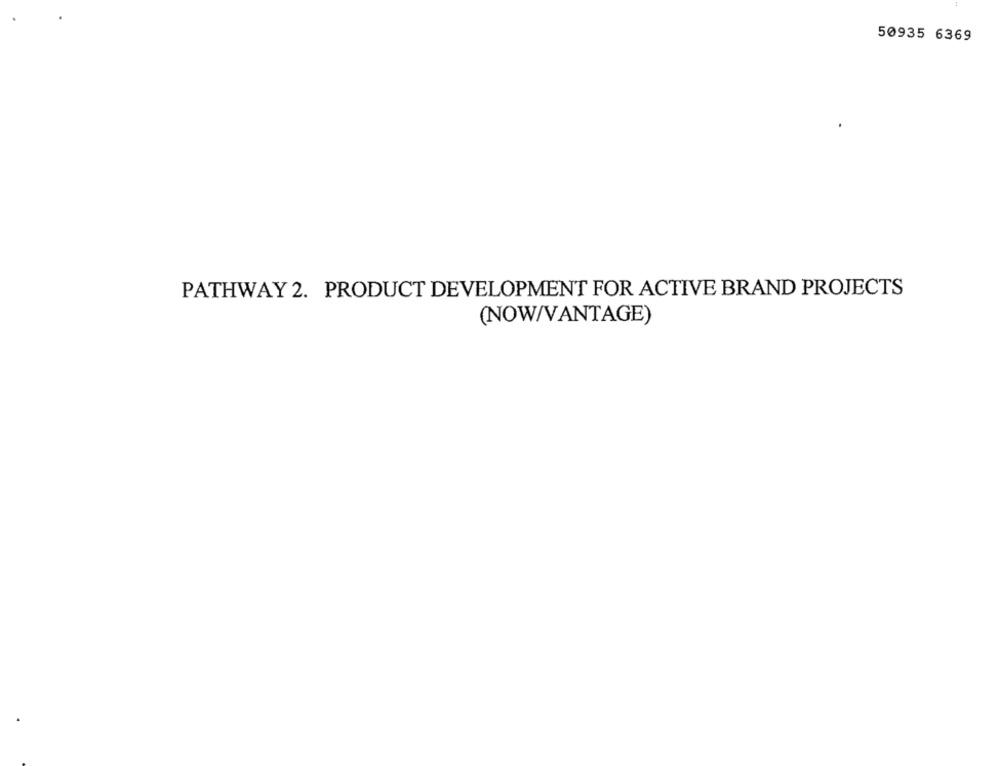
50935 6369
PATHWAY 2. PRODUCT DEVELOPMENT FOR ACTIVE BRAND PROJECTS
(NOW/VANTAGE)